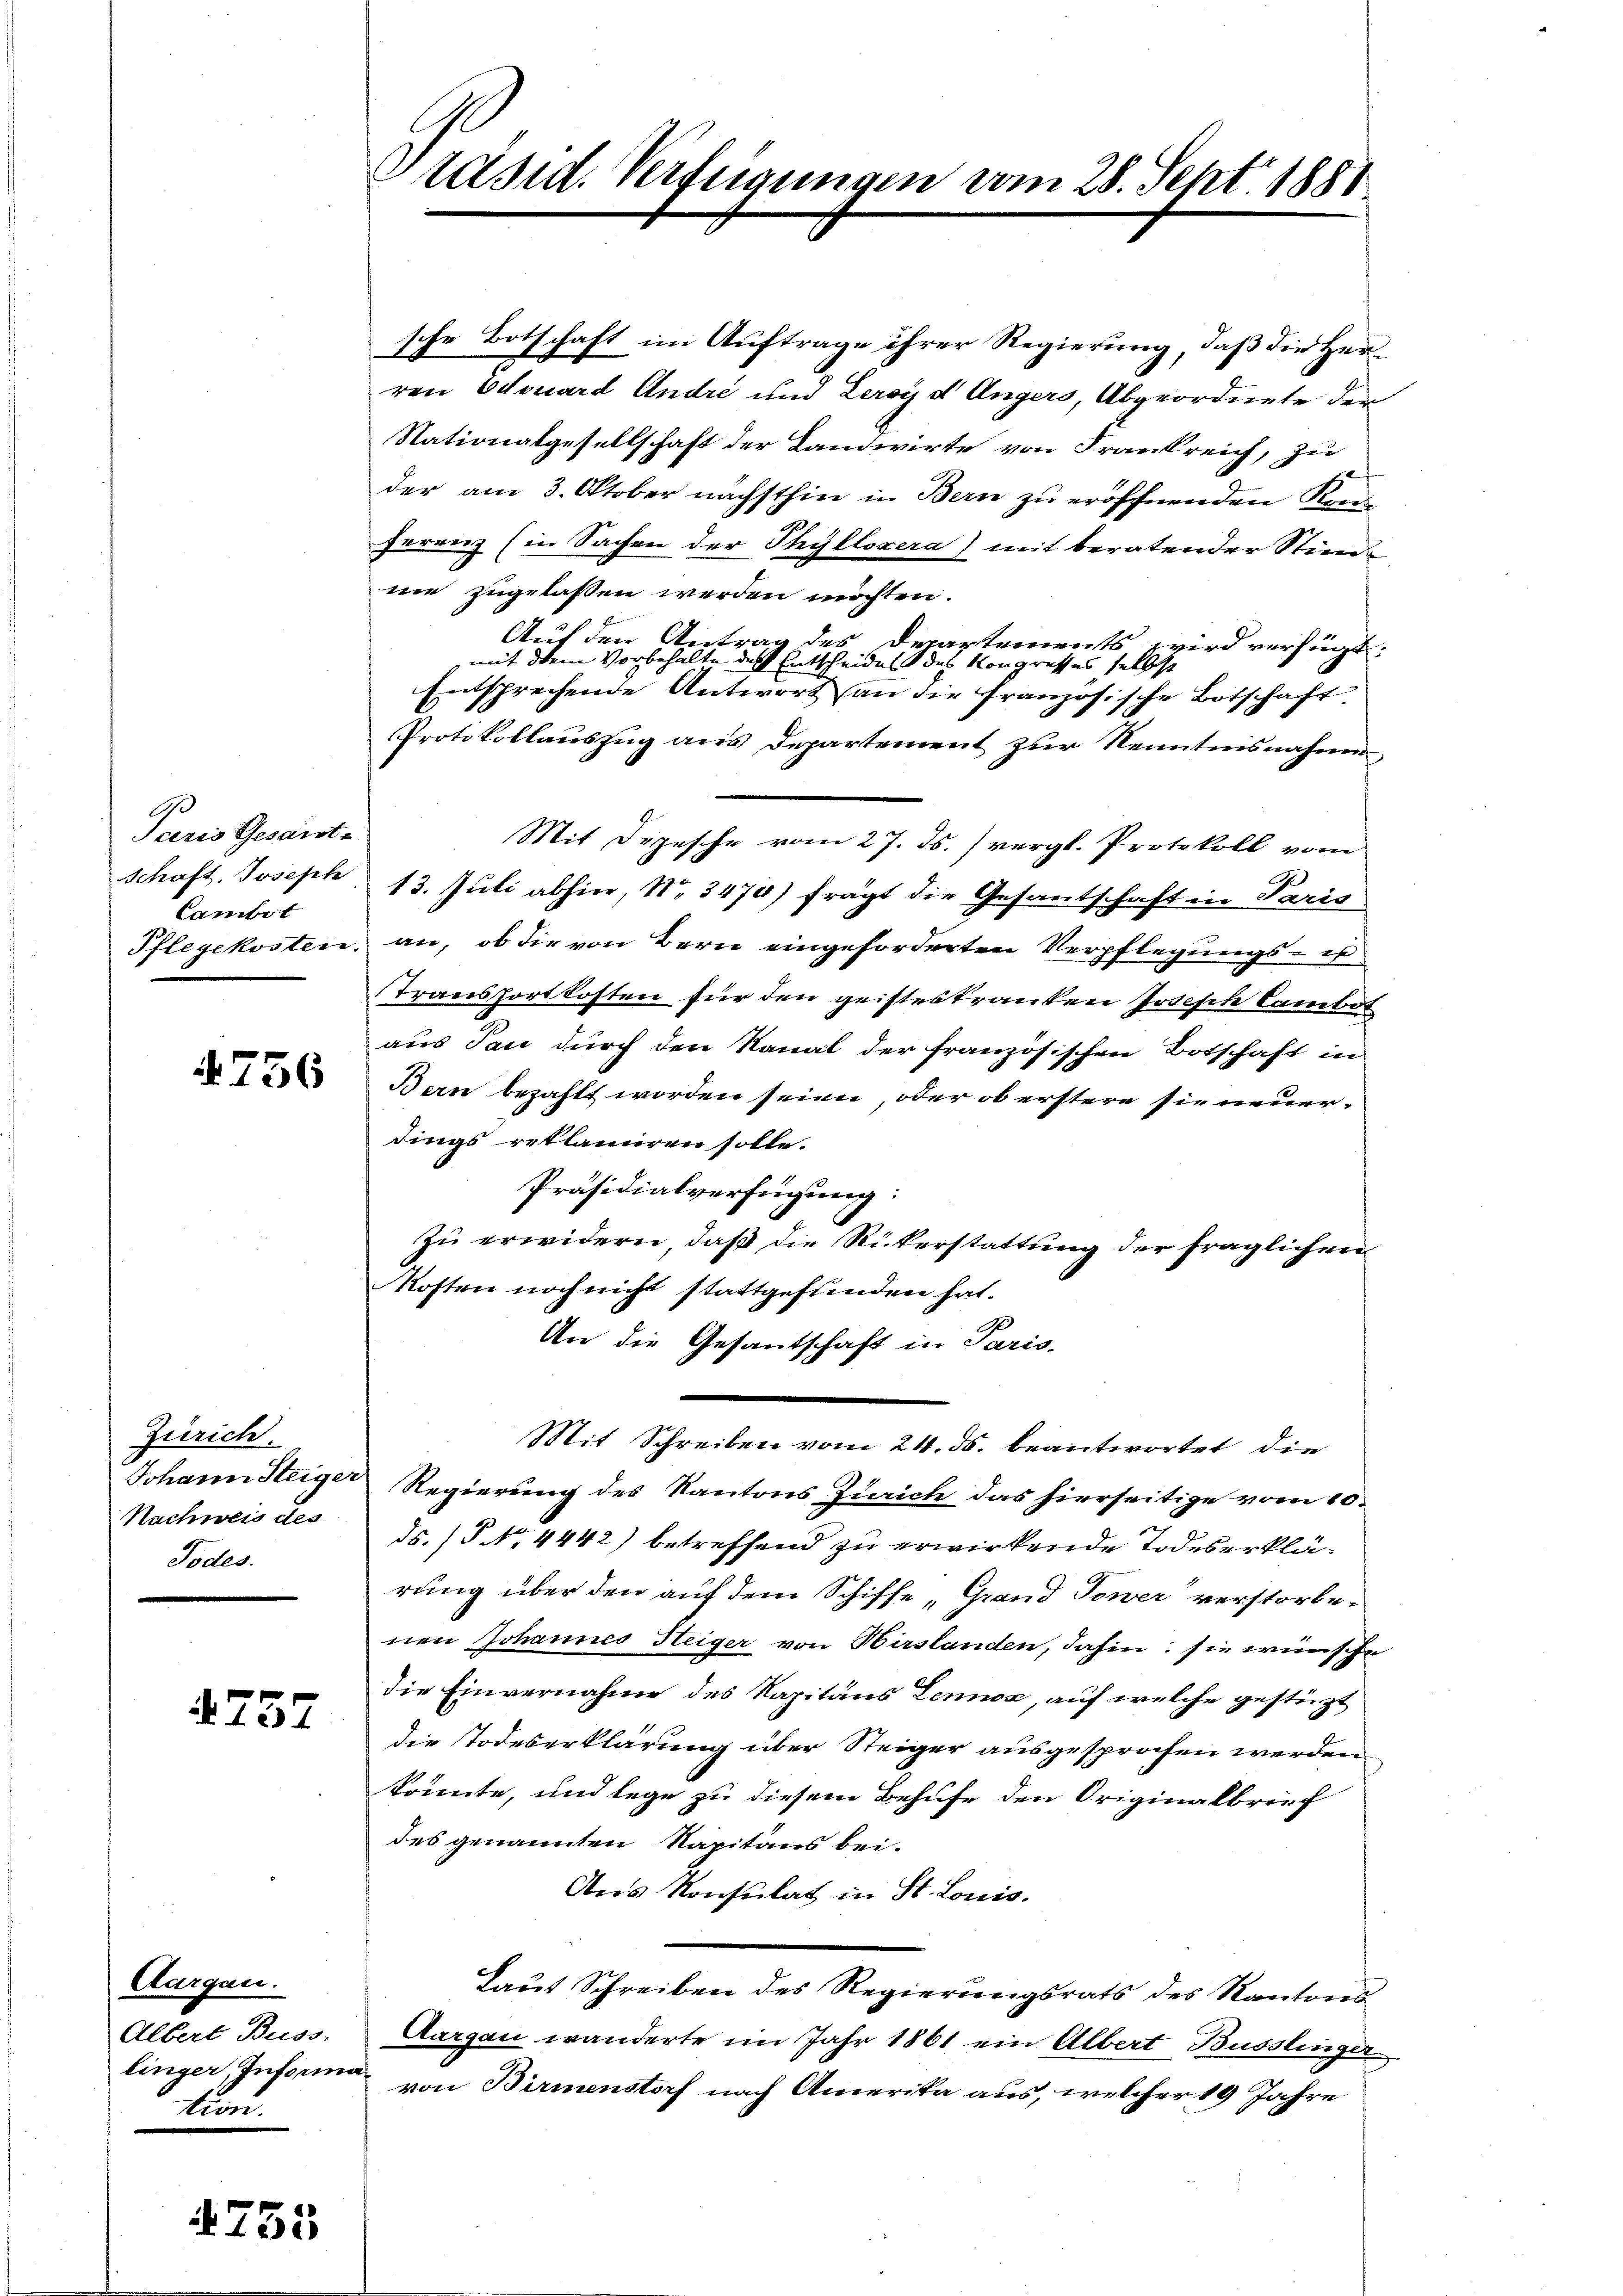
Peeris Gesaist-
Schaft. Joseph
Cambot

756

Zürich.
Johann Steiger
Nachweis des
Todes.

757

Aargau.
Albert Buss.
tion.

753

Präsid. Verfügungen vom 28. Sept. 1881

sche Botschaft im Auftrage ihrer Regierung, daß die Herren Odouard André und Leroyd Ungers, Abgeordnete der
Nationalgesellschaft der Landwirte von Frankreich, zu
der am 3. Oktober nächsthin in Bern zu eröffnenden Ren
herenz (in Sachen der Thyllszera) mit beratender Stim-
ne zugelassen werden möchten.
Auf den Antrag des Departements
ird verfügt:
mit dem Vorbehalte des Entscheides des Kongresses selbst
Entsprechende Antwort an die Französische Botschaft
Protokollauszug aus Departement zur Kenntnisnahme,
Mit Depesche vom 27. Js. (vergl. Protokoll vom
13. Juli abhin, No 3470) fragt die Gesantschaft in Paris
Pflegekosten an, ob die von Bern eingeforderten Verpflegungs- is
Transfortkosten für den geisteskranken Joseph Cambot
aus Tan durch den Kanal der französischen Botschaft in
Bern bezahlt worden seien, oder ob erstere sie neuerdings reklamiren solle.
Präsidialverfügung:
zu erwidern, daß die Rückerstattung der fraglichen
Kosten noch nicht stattgefunden hat.
An die Gesandschaft in Paris-
Mit Schreiben vom 24. ds. beantwortet die
Regierung des Kantons Zürich das hierseitige vom 10.
ds. (§ No. 4442) betreffend zu erwirkende Todeserklärung über den auf dem Schiffe „Grand Tower verstorbenen Johannes Steiger von Hirslanden, dahin: sie wünsche
die Einvernahme des Kapitans Lennoc, auf welche gestüzt
die Todeserklärung über Steiger ausgesprochen werden
konnte, und lege zu diesem Behufe den Originalbrief
des genannten Kapitäns bei.
Aus Konsulat in St. Lonis.
Laut Schreiben des Regierungsrats des Kantons
Aargau wanderte im Jahr 1861 ein Albert Büsslinger
linger, Insanna von Birmenstorf nach Amerika aus, welcher 19 Jahre